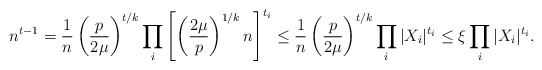
\begin{align*} n^{t-1} = \frac{1}{n} \left( \frac{p}{2\mu} \right)^{t/k} \prod_i \left[ \left( \frac{2\mu}{p} \right)^{1/k} n \right]^{t_i} \leq \frac{1}{n} \left( \frac{p}{2\mu} \right)^{t/k} \prod_i |X_i|^{t_i} \leq \xi \prod_i |X_i|^{t_i}.\end{align*}